Report of the Indian Hemp Drugs Commission, 1894-1895 - Volume V
Year: 1894
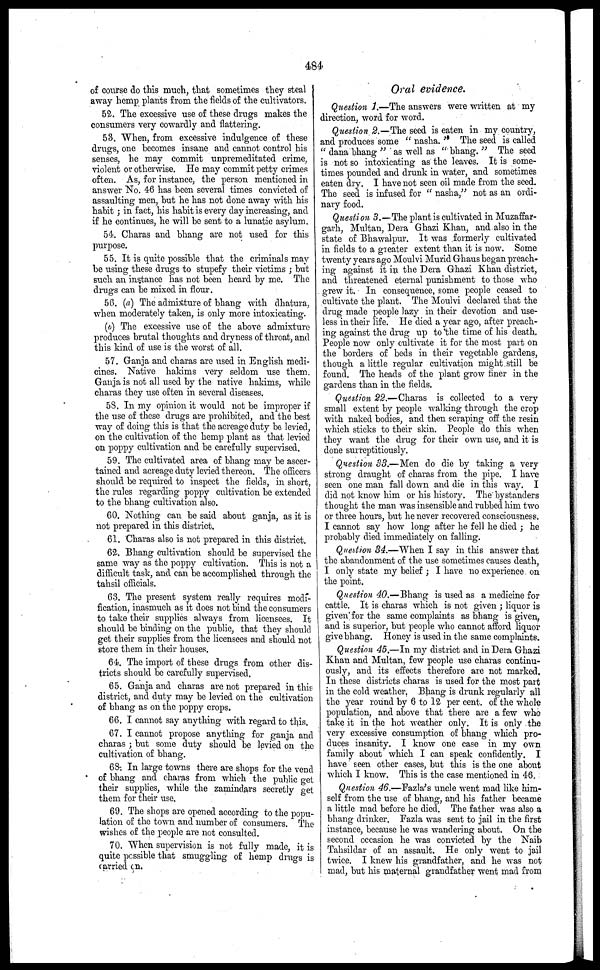
484
of course do this much, that sometimes they steal
away hemp plants from the fields of the cultivators.
52. The excessive use of these drugs makes the
consumers very cowardly and flattering-.
53. When, from excessive indulgence of these
drugs, one becomes insane and cannot control his
senses, he may commit unpremeditated crime,
violent or otherwise. He may commit petty crimes
often. As, for instance, the person mentioned in
answer No. 46 has been several times convicted of
assaulting men, but he has not done away with his
habit ; in fact, his habit is every day increasing, and
if he continues, he will be sent to a lunatic asylum.
54. Charas and bhang are not used for this
purpose.
55. It is quite possible that the criminals may-
be using these drugs to stupefy their victims ; but
such an instance has not been heard by me. The
drugs can be mixed in flour.
56. (a) The admixture of bhang with dhatura,
when moderately taken, is only more intoxicating.
(b) The excessive use of the above admixture
produces brutal thoughts and dryness of throat, and
this kind of use is the worst of all.
57. Ganja and charas arc used in English medi-
cines. Native hakims very seldom use them.
Ganja is not all used by the native hakims, while
charas they use often in several diseases.
58. In my opinion it would not be improper if
the use of these drugs are prohibited, and the best
way of doing this is that the acreage duty bo levied,
on the cultivation of the hemp plant as that levied
on poppy cultivation and be carefully supervised.
59. The cultivated area of bhang may be ascer-
tained and acreage duty levied thereon. The officers
should be required to inspect the fields, in short,
the rules regarding poppy cultivation be extended
to the bhang cultivation also.
GO. Nothing can be said about ganja, as it is
not prepared in this district.
61. Charas also is not prepared in this district.
62. Bhang cultivation should be supervised the |
same way as the poppy cultivation. This is not a
difficult task, and can be accomplished through the
tahsil officials.
G3. The present system really requires modf-
fication, inasmuch as it does not bind the consumers
to take their supplies always from licensees. It
should be binding on the public, that they should
get their supplies from the licensees and should not
store them in their houses.
64. The import of these drugs from other dis-
tricts should be carefully supervised.
65. Ganja and charas are not prepared in this
district, and duty may be levied on the cultivation
of bhang as on the poppy crops.
66. I cannot say anything with regard to this.
67. I cannot propose anything for ganja and
charas ; but some duty should be levied on the
cultivation of bhang.
68. In large towns there are shops for the vend
of bhang and charas from which the public get
their supplies, while the zamindars secretly get
them for their use.
69. The shops are opened according to the popu-
lation of the town and number of consumers. The
wishes of the people are not consulted.
70. When supervision is not fully made, it is
quite possible that smuggling of hemp drug's is
carried on.
Oral evidence.
Question 1.—The answers were written at my
direction, word for word.
Question 2.—The seed is eaten in my country,
and produces some " nasha. " The seed is called
" dana bhang " as well as " bhang." The seed
is not so intoxicating as the leaves. It is some-
times pounded and drunk in water, and sometimes
eaten dry. I have not seen oil made from the seed.
The seed is infused for " nasha," not as an ordi-
nary food.
Question 3.—The plant is cultivated in Muzaffar-
garh, Multan, Dera Ghazi Khan, and also in the
state of Bhawalpur. It was formerly cultivated
in fields to a greater extent than it is now. Some
twenty years ago Moulvi Murid Ghaus began preach-
ing against it in the Dera Ghazi Khan district,
and threatened eternal punishment to those who
grew it. In consequence, some people ceased to
cultivate the plant. The Moulvi declared that the
drug made people lazy in their devotion and use-
less in their life. He died a year ago, after preach-
ing against the drug up to the time of his death.
People now only cultivate it for the most part on
the borders of beds in their vegetable gardens,
though a little regular cultivation might still be
found. The heads of the plant grow liner in the
gardens than in the fields.
Question 22.—Charas is collected to a very
small extent by people walking through the crop
with naked bodies, and then scraping off the resin
which sticks to their skin. People do this when
they want the drug for their own use, and it is
done surreptitiously.
Question 33.— Men do die by taking a very
strong draught of charas from the pipe. I have
seen one man fall down and die in this way. I
did not know him or his history. The bystanders
thought the man was insensible and rubbed him two
or three hours, but he never recovered consciousness.
I cannot say how long after he fell he died ; he
probably died immediately on falling.
Question 34.—When I say in this answer that
the abandonment of the use sometimes causes death,
I only state my belief ; I have no experience on
the point.
Question 40.—Bhang is used as a medicine for
cattle. It is charas which is not given ; liquor is
given for the same complaints as bhang is given,
and is superior, but people who cannot afford liquor
give bhang. Honey is used in the same complaints.
Question 45.—In my district and in Dera Ghazi
Khan and Multan, few people use charas continu-
ously, and its effects therefore arc not marked.
In these districts charas is used for the most part
in the cold weather. Bhang is drunk regularly all
the year round by 6 to 12 per cent. of the whole
population, and above that there are a few who
take it in the hot weather only. It is only the
very excessive consumption of bhang which pro-
duces insanity. I know one case in my own
family about which I can speak confidently. I
have seen other cases, but this is the one about
which I know. This is the case mentioned in 46,
Question 46.—Fazla's uncle went mad like him-
self from the use of bhang, and his father became
a little mad before he died. The father was also a
bhang drinker. Fazla was sent to jail in the first
instance, because he was wandering about. On the
second occasion he was convicted by the Naib
Tahsildar of an assault. He only went to jail
twice. I knew his grandfather, and he was not
mad, but his maternal grandfather went mad from